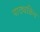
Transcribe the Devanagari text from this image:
पाठ्यक्रिम